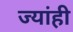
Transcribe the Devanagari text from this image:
ज्यांही